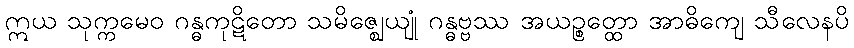
ဣယ သုက္ကမေဝ ဂန္ဓကုဋိတော သမိဇ္ဈေယျုံ ဂန္ဓဗ္ဗဿ အယဉ္စတ္ထော အာဓိကျေ သီလေနပိ